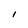
Character: l